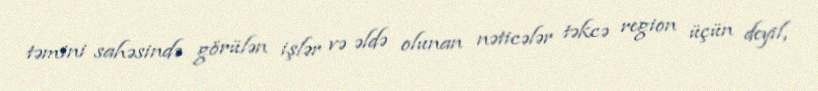
təmini sahəsində görülən işlər və əldə olunan nəticələr təkcə region üçün deyil,